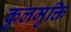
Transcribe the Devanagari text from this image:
कुलमुक्ति